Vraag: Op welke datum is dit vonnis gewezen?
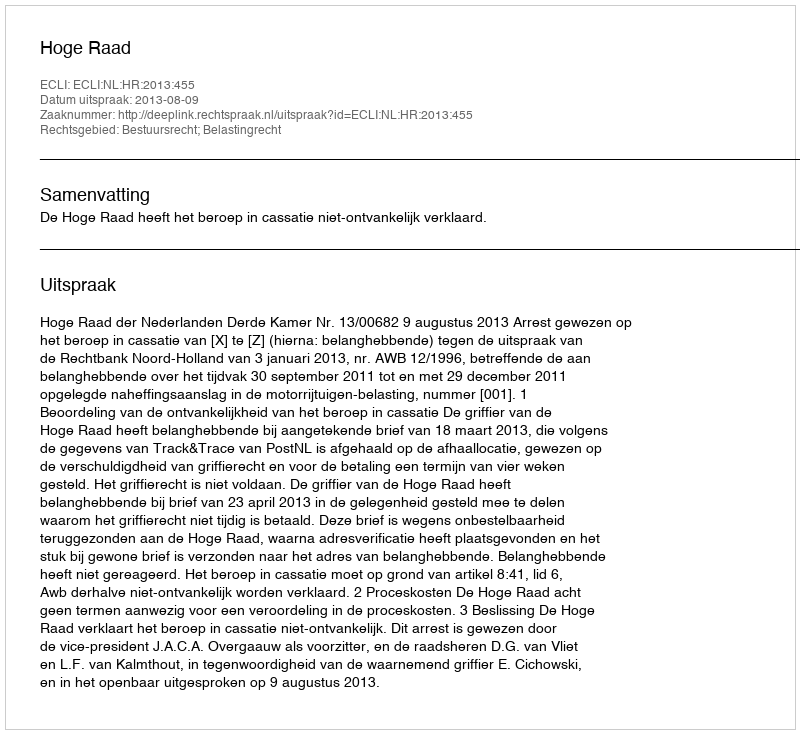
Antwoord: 2013-08-09